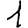
Digit: 1